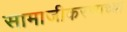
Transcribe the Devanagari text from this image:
सामाजीकरणाच्या